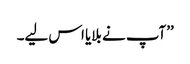
’’آپ نے بلایا اس لیے۔